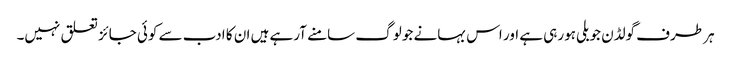
ہر طرف گولڈن جوبلی ہورہی ہے اور اس بہانے جو لوگ سامنے آرہے ہیں ان کا ادب سے کوئی جائز تعلق نہیں۔